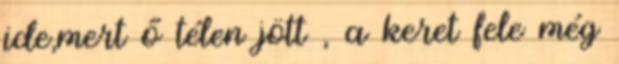
ide,mert ő télen jött , a keret fele még